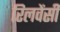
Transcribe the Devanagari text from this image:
रिलवेंसी